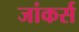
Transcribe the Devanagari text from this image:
जांकर्स